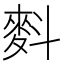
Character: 𪌉